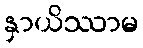
နှာယိဿာမ